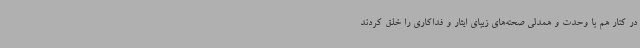
در کنار هم با وحدت و همدلی صحنه‌های زیبای ایثار و فداکاری را خلق کردند